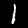
Label: 1